Report on vaccination in Madras 1922-1929 - 1922-1929
Year: 1922
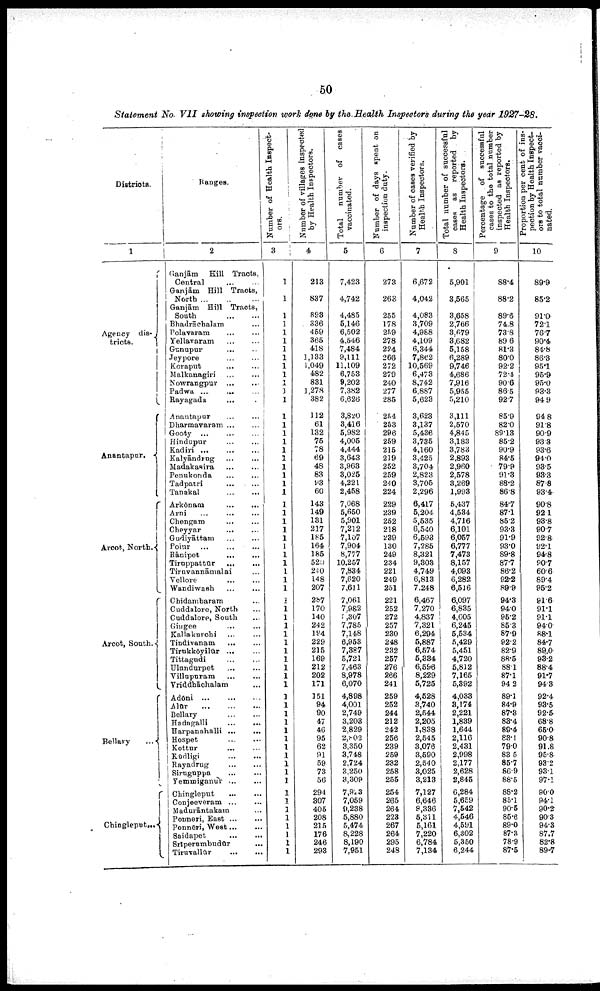
50
Statement No. VII showing inspection work done by the Health Inspectors during the year 1927-28.
Districts.
1
Agency dis¬
tricts.
Anantapur.
Arcot, North.
Arcot, South.
Bellary ...
Chingleput...
Ranges.
2
Ganjām Hill Tracts,
Central
...
...
Ganjām Hill Tracts,
North
...
...
...
Ganjām Hill Tracts,
South
...
...
Bhadrāchalam ...
Polavaram ... ...
Yellavaram
...
...
Gunupur
...
...
Jeypore
...
...
Koraput
...
...
Malkanagiri ... ...
Nowrangpur
...
...
Padwa
...
...
Rayagada ... ...
Anantapur ... ...
Dharmavaram ... ...
Gooty
...
...
...
Hindupur
...
...
Kadiri
...
...
...
Kalyāndrug ... ...
Madakasira
...
...
Penukonda
...
...
Tadpatri ... ...
Tanakal
...
...
Arkōnam
...
...
Arni
...
...
...
Chengam
...
...
Cheyyar
... ...
Gudiyāttam
...
...
Poīur ...
...
...
Rānipet
...
...
Tiruppattūr
...
...
Tiruvannāmalai ...
Vellore
...
...
Wandiwash
...
...
Chidambaram ...
Cuddalore, North ...
Cuddalore, South ...
Gingee ... ...
Kallakurchi
...
...
Tindivanam
...
...
Tirukkōyilūr
...
...
Tittagudi ... ...
Ulundurpet
...
...
Villupuram ... ...
Vriddhāchalam ...
Adōni ...
...
...
Alūr
...
...
...
Bellary ... ...
Hadagalli
...
...
Harpanahalli
...
...
Hospet
...
...
Kottur
...
...
Kūdligi
...
...
Rayadrug ... ...
Siruguppa ... ...
Yemmiganur
...
...
Chingleput
...
...
Conjeeveram
...
...
Madurāntakam ...
Ponneri, East ...
...
Ponnēri, West ... ...
Saidapet
...
...
Srīperumbudūr
...
Tiruvallūr
...
...
Number of Health Inspect
ors.
3
1
1
1
1
1
1
1
1
1
1
1
1
1
1
1
1
1
1
1
1
1
1
1
1
1
1
1
1
1
1
1
1
1
1
1
1
1
1
1
1
1
1
1
1
1
1
1
1
1
1
1
1
1
1
1
1
1
1
1
1
1
1
1
1
Number of villages inspected
by Health Inspectors.
4
213
837
893
336
459
365
418
1,133
1,049
482
831
1,278
382
112
61
132
75
78
69
48
83
93
60
143
149
131
217
185
164
185
520
240
148
207
287
170
140
242
194
229
215
169
212
202
171
151
94
90
47
46
95
62
91
59
73
56
294
307
405
208
215
176
246
293
Total
number of cases
vaccinated.
5
7,423
4,742
4,485
5,146
6,502
4,546
7,484
9,111
11,109
6,753
9,202
7,382
6,626
3,820
3,416
5,982
4,005
4,444
3,643
3,963
3,025
4,221
2,458
7,068
5,650
5,901
7,212
7,107
7,904
8,777
10,257
7,834
7,620
7,611
7,061
7,982
5,307
7,785
7,148
6,953
7,387
5,721
7,463
8,978
6,070
4,898
4,001
2,749
3,203
2,829
2,802
3,350
3,748
2,724
3,250
3,309
7,923
7,059
9,238
5,880
5,474
8,228
8,190
7,951
Number of days spent on
inspection duty.
6
273
263
255
178
259
278
224
266
272
279
240
277
285
254
253
296
259
215
219
252
259
240
224
229
239
252
218
239
130
249
234
221
249
251
221
252
272
257
230
248
232
257
276
266
241
259
252
244
212
242
256
239
259
232
258
255
254
265
264
223
267
264
295
248
Number of cases verified by
Health Inspectors.
7
6,672
4,042
4,083
3,709
4,988
4,109
6,344
7,862
10,569
6,473
8,742
6,887
5,623
3,623
3,137
5,436
3,735
4,160
3,425
3,704
2,823
3,705
2,296
6,417
5,204
5,535
6,540
6,593
7,285
8,321
9,303
4,749
6,813
7,248
6,467
7,270
4,837
7,321
6,294
5,887
6,574
5,334
6,596
8,229
5,725
4,528
3,740
2,544
2,205
1,838
2,545
3,076
3,590
2,540
3,025
3,213
7,127
6,646
8,336
5,311
5,161
7,220
6,784
7,134
Total number of successful
cases as reported by
Health Inspectors.
8
5,901
3,565
3,658
2,766
3,679
3,682
5,158
6,289
9,746
4,686
7,916
5,955
5,210
3,111
2,570
4,845
3,183
3,783
2,893
2,960
2,578
3,269
1,993
5,437
4,534
4,716
6,101
6,057
6,777
7,473
8,157
4,093
6,282
6,516
6,097
6,835
4,605
6,245
5,534
5,429
5,451
4,720
5,812
7,165
5,392
4,033
3,174
2,221
1,839
1,644
2,116
2,431
2,998
2,177
2,628
2,845
6,284
5,659
7,542
4,546
4,591
6,302
5,350
6,244
Percentage of successful
cases to the total number
inspected as reported by
Health Inspectors.
9
88.4
88.2
89.6
74.8
73.8
89.6
81.3
80.0
92.2
72.4
90.6
86.5
92.7
85.9
82.0
89.13
85.2
90.9
84.5
79.9
91.3
88.2
86.8
84.7
87.1
85.2
93.3
91.9
93.0
89.8
87.7
86.2
92.2
89.9
94.3
94.0
95.2
85.3
87.9
92.2
82.9
88.5
88.1
87.1
94.2
89.1
84.9
87.3
83.4
89.4
83.1
79.0
83.5
85.7
86.9
88.5
88.2
85.1
90.5
85.6
89.0
87.3
78.9
87.5
Proportion per cent of ins
pection by Health Inspect
ors to total number vacci¬
nated.
10
89.9
85.2
91.0
72.1
76.7
90.4
84.8
86.3
95.1
95.9
95.0
93.3
94.9
94.8
91.8
90.9
93.3
93.6
94.0
93.5
93.3
87.8
93.4
90.8
92.1
93.8
90.7
92.8
92.1
94.8
90.7
60.6
89.4
95.2
91.6
91.1
91.1
94.0
88.1
84.7
89.0
93.2
88.4
91.7
94.3
92.4
93.5
92.5
68.8
65.0
90.8
91.8
95.8
93.2
93.1
97.1
90.0
94.1
90.2
90.3
94.3
87.7
82.8
89.7